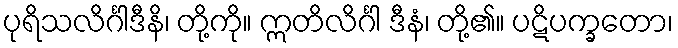
ပုရိသလိင်္ဂါဒီနိ၊ တို့ကို။ ဣတိလိင်္ဂါ ဒီနံ၊ တို့၏။ ပဋိပက္ခတော၊